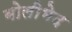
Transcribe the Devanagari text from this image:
बोलीभेद